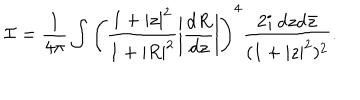
{ \cal I } = \frac { 1 } { 4 \pi } \int \left( \frac { 1 + | z | ^ { 2 } } { 1 + | R | ^ { 2 } } \left| \frac { \mathrm { d } R } { \mathrm { d } z } \right| \right) ^ { 4 } \frac { 2 i ~ \mathrm { d } z \mathrm { d } { \bar { z } } } { ( 1 + | z | ^ { 2 } ) ^ { 2 } } .